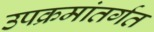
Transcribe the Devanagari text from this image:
उपक्रमांतर्गत